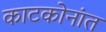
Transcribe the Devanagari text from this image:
काटकोनांत